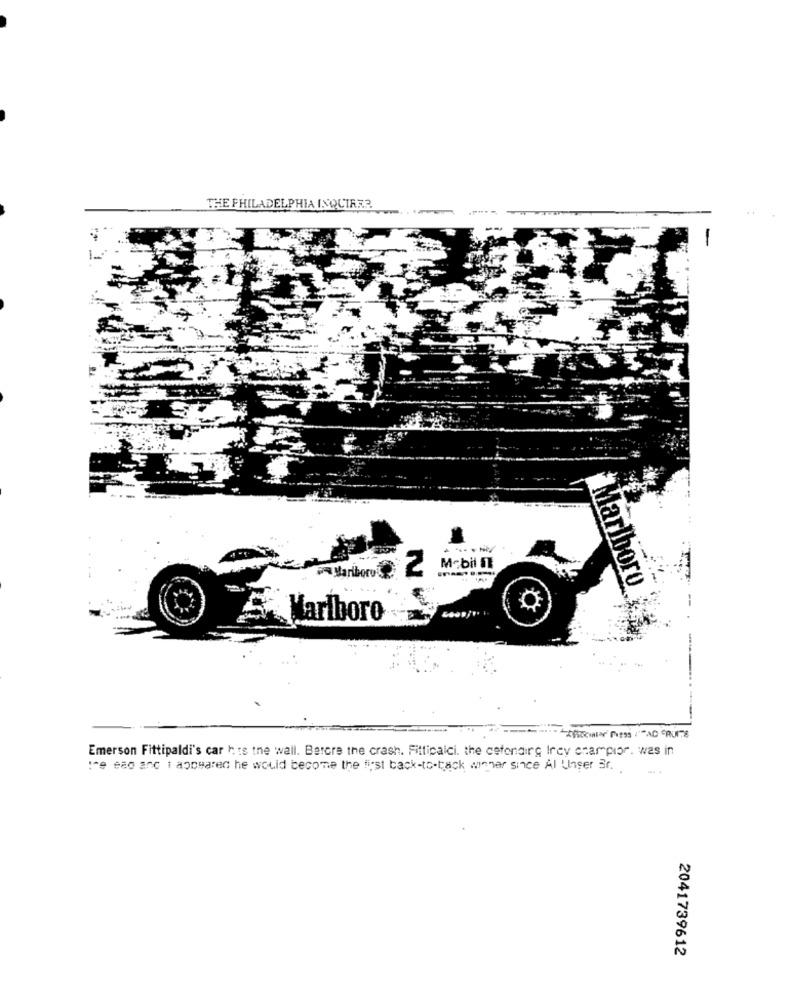
THE PHILADELPHIA INQUIRER
Tarboro $ 2
Mobil IT
Marlboro
5. Marlboro
Emerson Fittipaldi's car his the wall. Bercre the crash. Fitticalci. the cefondirg Irey champior. was in
the eco and i appeared he would become the first back-to-track winner since Al Unger Br ..
2041739612